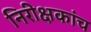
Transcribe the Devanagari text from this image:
निरीक्षकांच